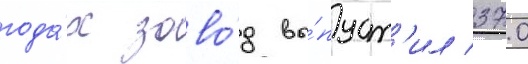
года́х заво́д вы́пуст'ил 370